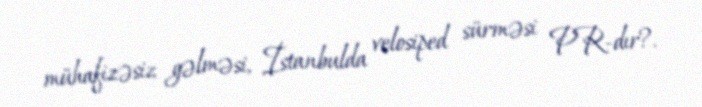
mühafizəsiz gəlməsi, İstanbulda velosiped sürməsi PR-dır?.